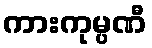
ကားကုမ္ပဏီ